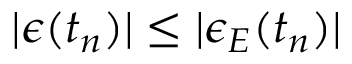
| \epsilon ( t _ { n } ) | \leq | \epsilon _ { E } ( t _ { n } ) |